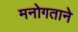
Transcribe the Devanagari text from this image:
मनोगताने